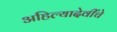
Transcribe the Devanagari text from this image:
अहिल्यादेवींचे